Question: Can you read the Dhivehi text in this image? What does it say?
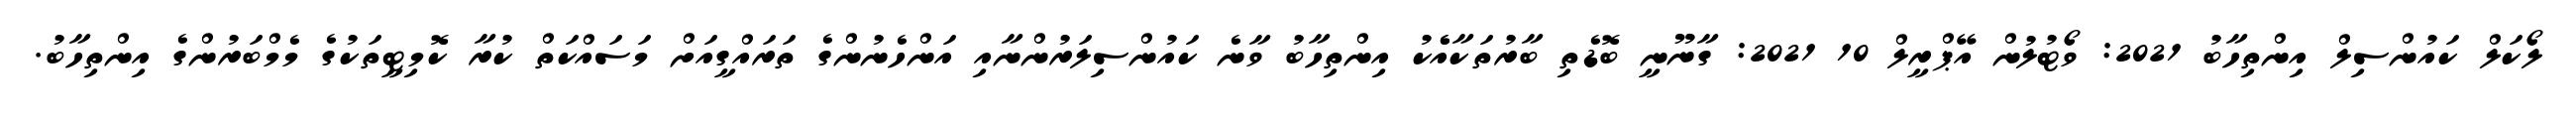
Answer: ލޯކަލް ކައުންސިލް އިންތިހާބު 2021: ވޯޓުލުން އޭޕްރީލް 10 2021: ގާނޫނީ ބޮޑެތި ބާރުތަކާއެެކު އިންތިހާބު ވާނެ ކައުންސިލަރުންނާއި އަންހެނުންގެ ތަރައްގީއަށް މަސައްކަތް ކުރާ ކޮމިޓީތަކުގެ މެމްބަރުންގެ އިންތިހާބު.